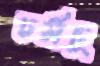
চর্মচু